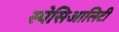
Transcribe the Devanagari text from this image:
स्पेसिआलिटी